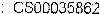
: CS00035862